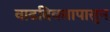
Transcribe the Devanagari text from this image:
वाढदिवसापासुन